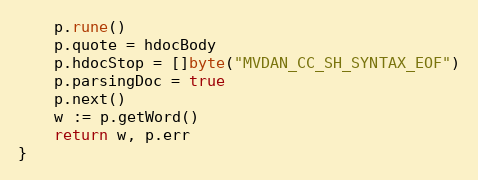
Language: Go
	p.rune()
	p.quote = hdocBody
	p.hdocStop = []byte("MVDAN_CC_SH_SYNTAX_EOF")
	p.parsingDoc = true
	p.next()
	w := p.getWord()
	return w, p.err
}